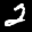
Label: 2